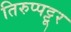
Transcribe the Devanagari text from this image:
तिरुप्पट्टूर